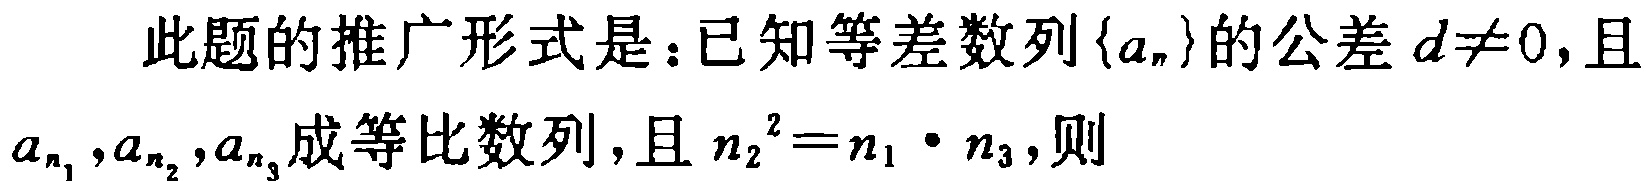
此题的推广形式是：已知等差数列\(\{a_{n}\}\)的公差\(d\neq0\)，且\(a_{n_{1}},a_{n_{2}},a_{n_{3}}\)成等比数列，且\(n_{2}^{2}=n_{1}\cdot n_{3}\)，则